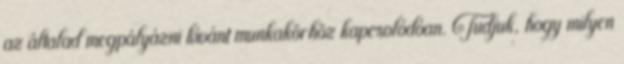
az általad megpályázni kívánt munkakörhöz kapcsolódóan. Tudjuk, hogy milyen